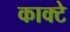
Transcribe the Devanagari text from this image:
काक्टे